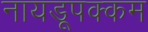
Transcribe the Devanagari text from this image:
नायडूपक्कम